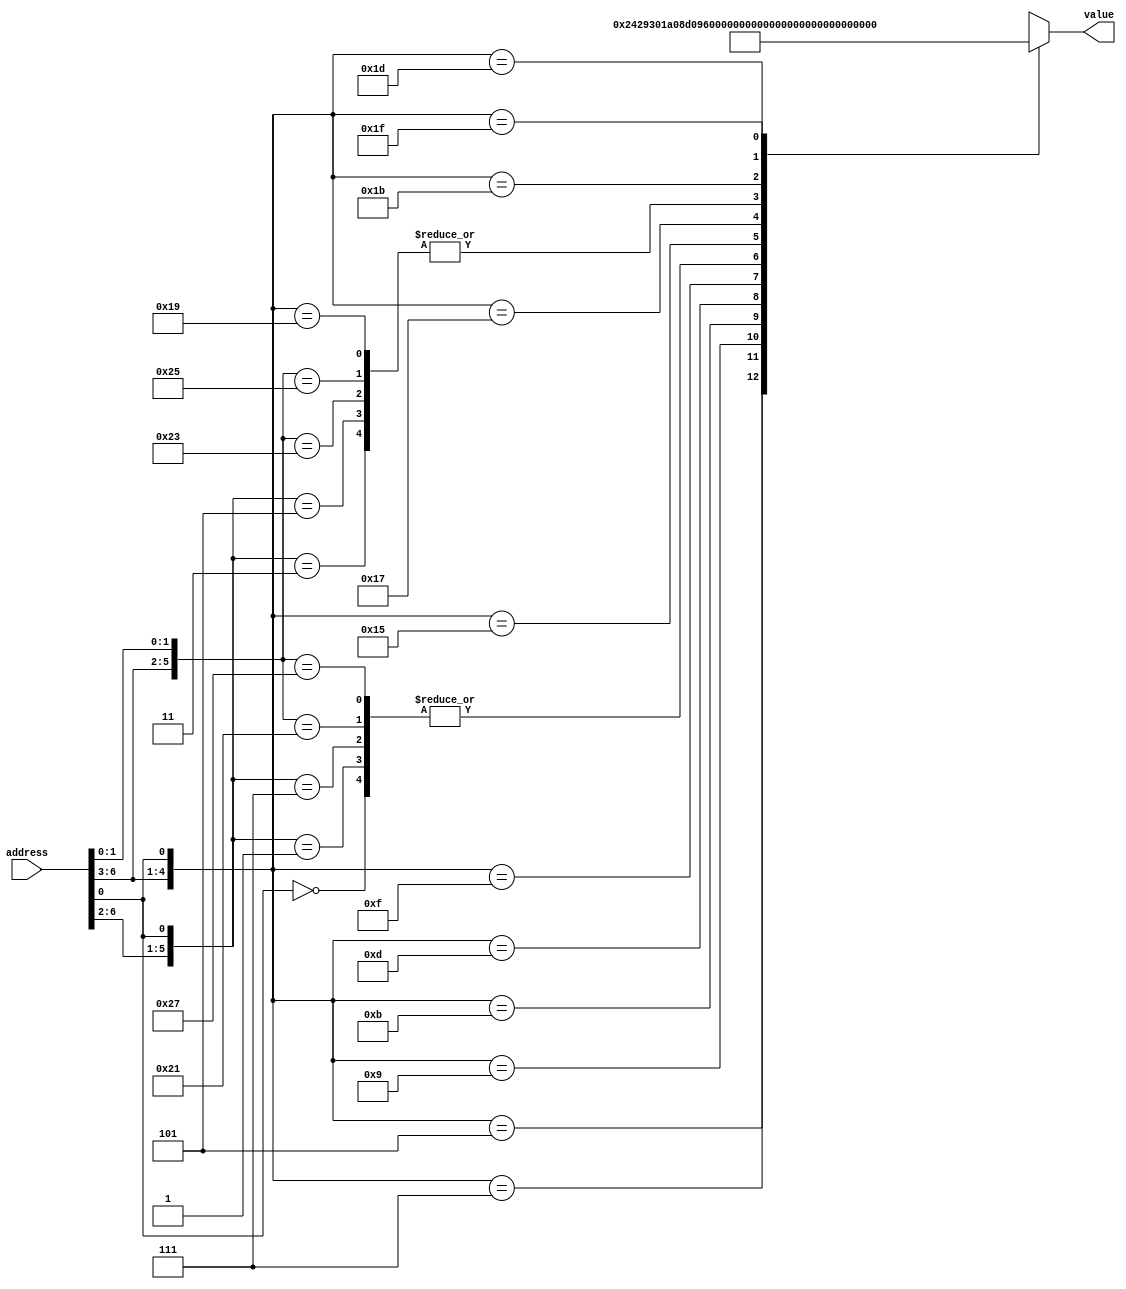
module Rom(input[6:0] address,output reg [12:0] value );

always @(address) begin
    
    casez(address)

      7'b??????0 : value <= 13'b1000000001000;
      7'b00001?1 : value <= 13'b0100000001000;
      7'b00000?1 : value <= 13'b1000000001000;
      7'b00011?1 : value <= 13'b1000000001000;
      7'b00010?1 : value <= 13'b0100000001000;
      7'b0010??1 : value <= 13'b0001001000010;
      7'b0011??1 : value <= 13'b1001001100000;
      7'b0100??1 : value <= 13'b0011010000010;
      7'b0101??1 : value <= 13'b0011010000100;
      7'b0110??1 : value <= 13'b1011010100000;
      7'b0111??1 : value <= 13'b1000000111000;
      7'b1000?11 : value <= 13'b0100000001000;
      7'b1000?01 : value <= 13'b1000000001000;
      7'b1001?11 : value <= 13'b1000000001000;
      7'b1001?01 : value <= 13'b0100000001000;
      7'b1010??1 : value <= 13'b0011011000010;
      7'b1011??1 : value <= 13'b1011011100000;
      7'b1100??1 : value <= 13'b0100000001000;
      7'b1101??1 : value <= 13'b0000000001001;
      7'b1110??1 : value <= 13'b0011100000010;
      7'b1111??1 : value <= 13'b1011100100000;
      default : value <= 0; // si se ingresa cualquier otra direccion la salida es 0

    endcase


end


endmodule